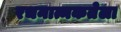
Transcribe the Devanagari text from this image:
रचनात्मकतेला